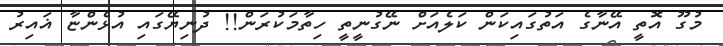
މުގޫ އޮތީ އޭނާގެ އަތުގައިކަން ކަލެއަށް ނޭގުނީތީ ހިތާމަކުރަން!! ދުނިޔޭގައި އުޅެންޏާ ޣައިރު